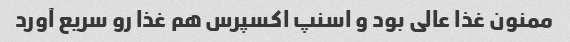
ممنون غذا عالی بود و اسنپ اکسپرس هم غذا رو سریع آورد